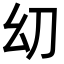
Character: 㓜